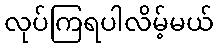
လုပ်ကြရပါလိမ့်မယ်